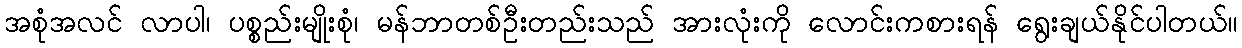
အစုံအလင် လာပါ၊ ပစ္စည်းမျိုးစုံ၊ မန်ဘာတစ်ဦးတည်းသည် အားလုံးကို လောင်းကစားရန် ရွေးချယ်နိုင်ပါတယ်။